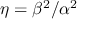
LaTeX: \eta = \beta ^ { 2 } / \alpha ^ { 2 }